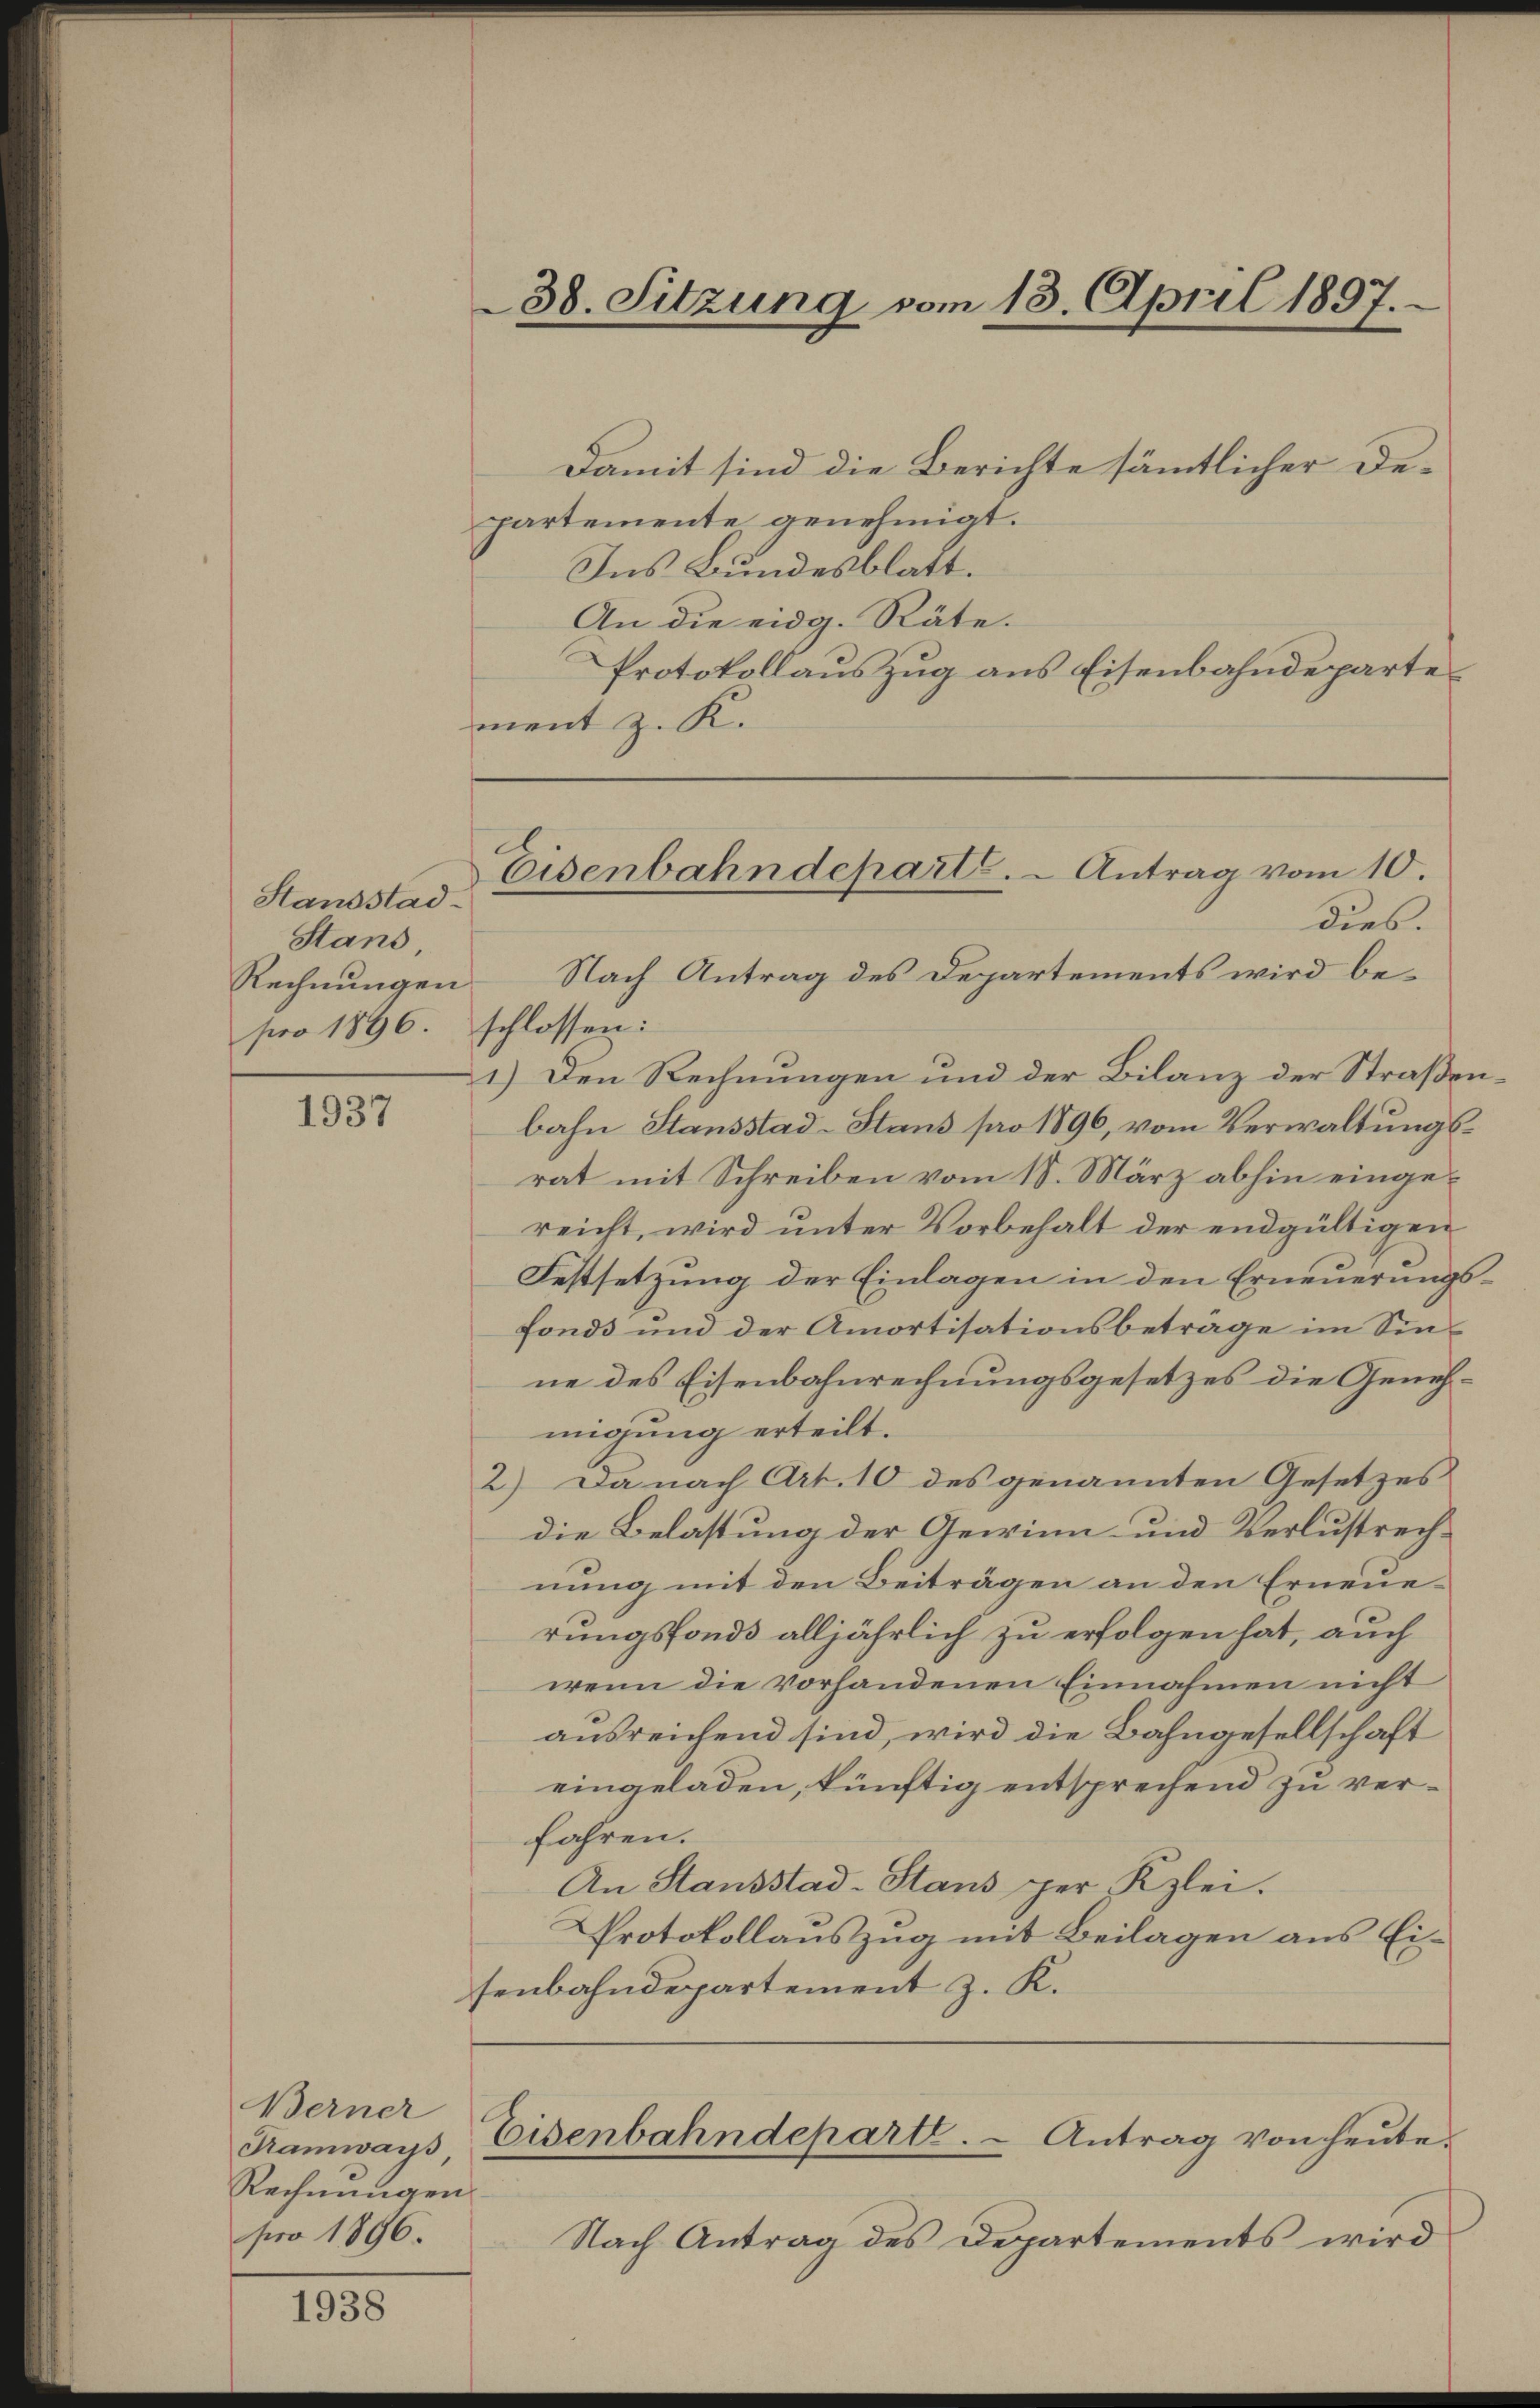
Standstad¬
Stans,
Rechnungen
pro 1896.

1937

Berner
Tramways,
Rechnungen
pro 1896.

1938

Damit sind die Berichte sämmtlicher Departemente genehmigt.
Ins Bundesblatt.
An die eidg. Räte.
Protokollauszug aus Eisenbahndeparte
ment z. K.

38. Sitzung vom 13. April 1897.

Eisenbahndeparte. - Antrag vom 10.
dies.

Nach Antrag des Departements wird beschlossen:
1.) Den Rechnungen und der Bilanz der Straßenbahn Stansstad-Stans pro 1896, vom Verwaltungsrat mit Schreiben vom 18. März abhin eingereicht, wird unter Vorbehalt der endgültigen
Festsetzung der Einlagen in den Erneuerungsfonds und der Amortisationsbetrage im Sinne des Eisenbahnrechnungsgesetzes die Genehmigung erteilt.
2.) Da nach Art. 10 des genannten Gesetzes
die Belastung der Gewinn und Verlustrechnung mit den Beiträgen an den Erneuerungsfonds alljährlich zu erfolgen hat, auch
wenn die vorhandenen Einnahmen nicht
ausreichend sind, wird die Bahngesellschaft
eingeladen, künftig entsprechend zu verfahren.
An Stausstad-Stans per Kzlei.
Protokollauszug mit Beilagen aus Eisenbahndepartement z. K.

Eisenbahndeparte. - Antrag von heute.

Nach Antrag des Departements wird